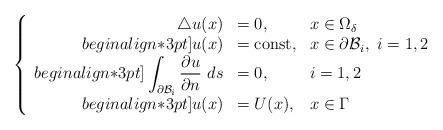
LaTeX: \begin{align*} \left\{\begin{array}{r l l }\triangle u(x) & = 0, & \displaystyle x\in \Omega_{\delta}\\begin{align*}3pt] u(x) &=\mbox{const}, & \displaystyle x\in \partial \mathcal{B}_i,~ i=1,2\\begin{align*}3pt]\displaystyle \int_{\partial \mathcal{B}_i}\frac{\partial u}{\partial n} ~ds&=0, & i=1,2\\begin{align*}3pt]u(x) &= U(x), & \displaystyle x\in \Gamma\end{array}\right.\end{align*}